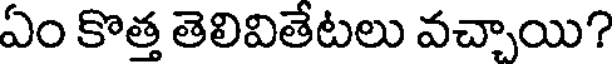
ఏం కొత్త తెలివితేటలు వచ్చాయి?